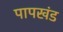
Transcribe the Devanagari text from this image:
पापखंड